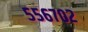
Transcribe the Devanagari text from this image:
५५६७०२